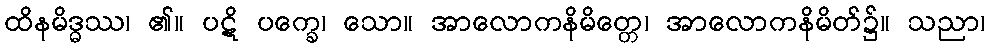
ထိနမိဒ္ဓဿ၊ ၏။ ပဋိ ပက္ခေ၊ သော။ အာလောကနိမိတ္တေ၊ အာလောကနိမိတ်၌။ သညာ၊